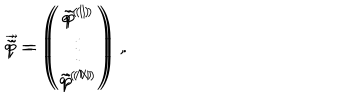
LaTeX: \vec { \tilde { q } } = \left( \begin{array} { c } { { \tilde { q } ^ { ( 1 ) } } } \\ { { \vdots } } \\ { { \tilde { q } ^ { ( N ) } } } \\ \end{array} \right) \, , \hspace { 1 c m } \vec { \tilde { p } } = \left( \begin{array} { c } { { \tilde { p } ^ { ( 1 ) } } } \\ { { \vdots } } \\ { { \tilde { p } ^ { ( N ) } } } \\ \end{array} \right) \, .